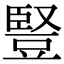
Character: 豎